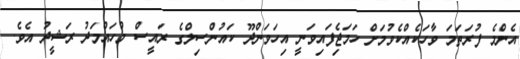
އެންމެ ފުރަތަމަ ވާހަކެއްކެވުމަށް ހަމަޖެިފައިވަނީ އިހަވަންދޫ ކައުންސިލްގެ ރައީސް މުހައްމަދު ރަޝީދު އެވެ.